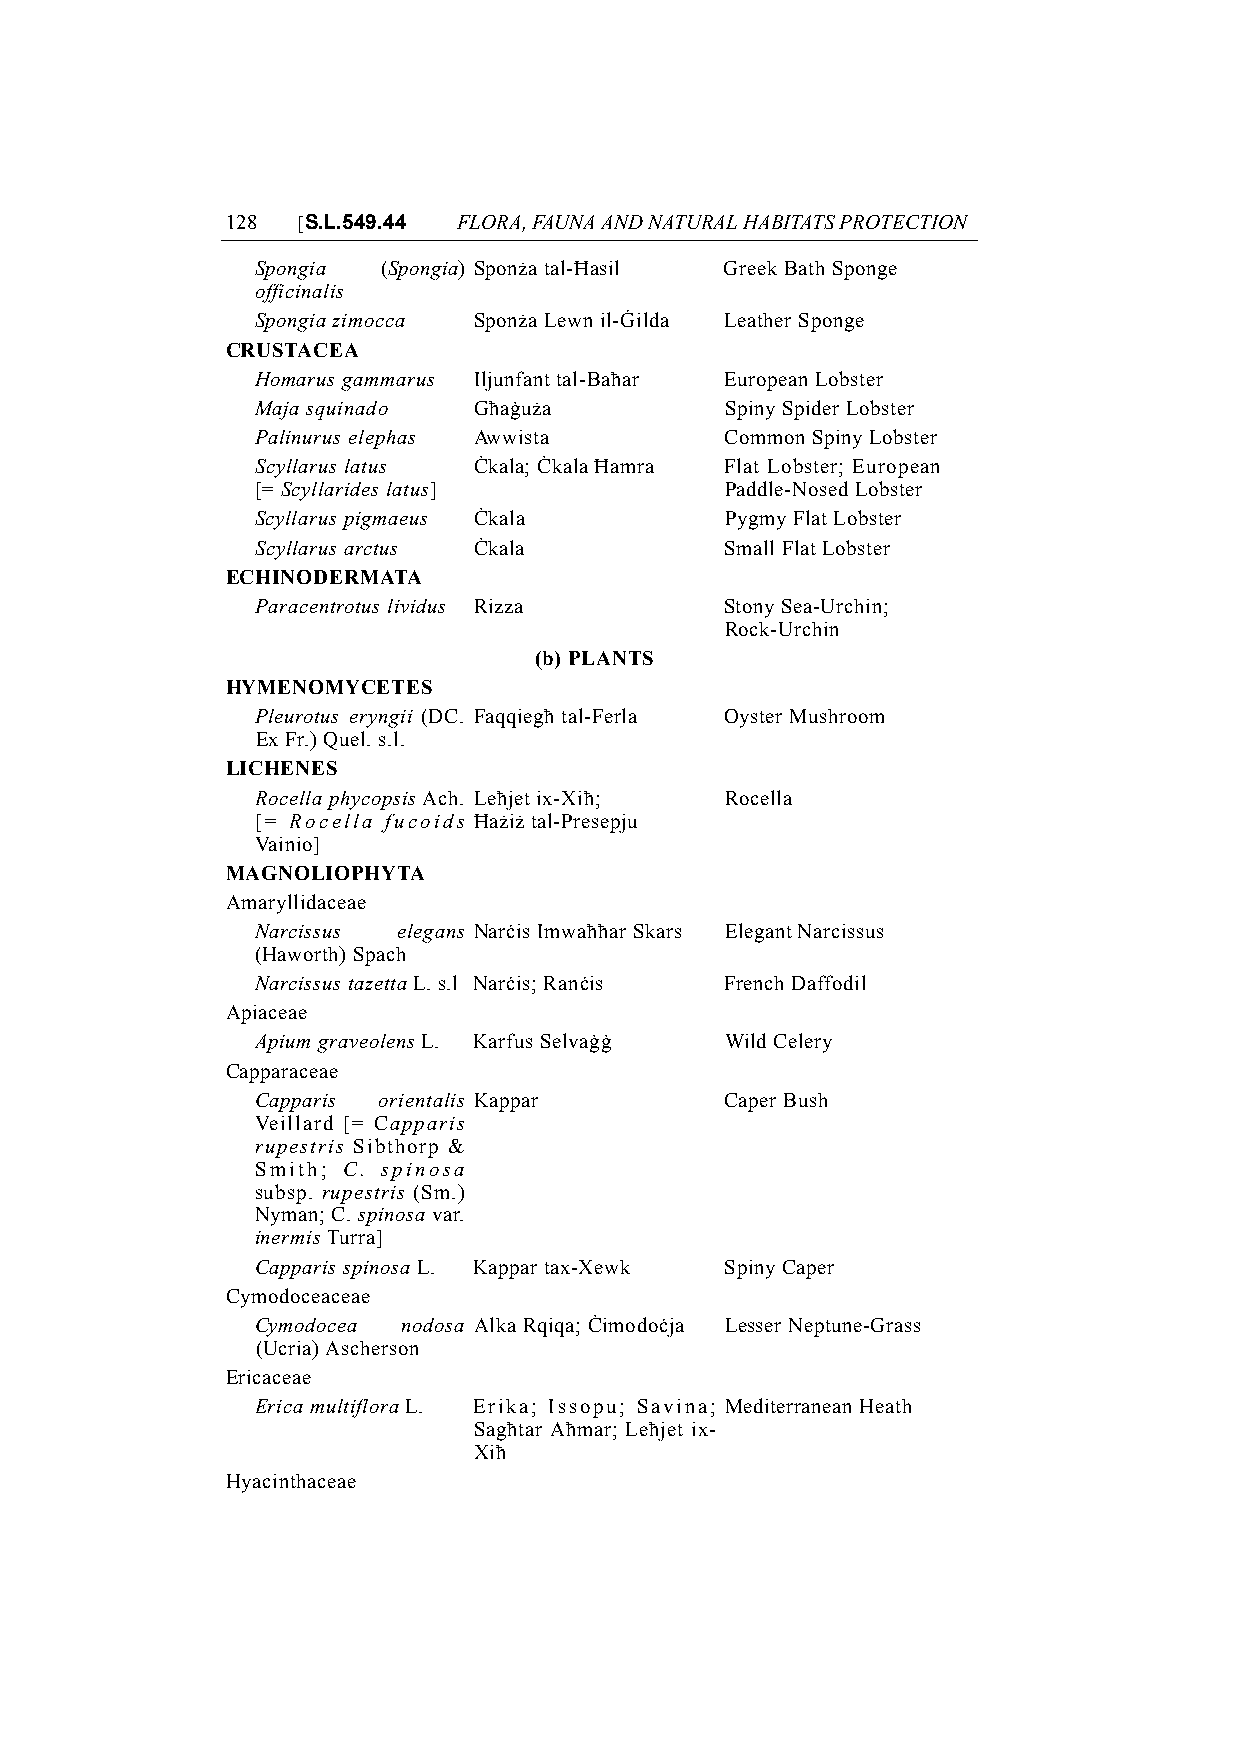
128  [S.L.549.44 FLORA, FAUNA AND NATURAL HABITATS PROTECTION
 Spongia (Spongia) Sponża tal-Ħasil Greek Bath Sponge
 officinalis
 Spongia zimocca Sponża Lewn il-Ġilda Leather Sponge
 CRUSTACEA
 Homarus gammarus Iljunfant tal-Baħar European Lobster
 Maja squinado Għaġuża          Spiny Spider Lobster
 Palinurus elephas Awwista      Common Spiny Lobster
 Scyllarus latus Ċkala; Ċkala Ħamra Flat Lobster; European
 [= Scyllarides latus]          Paddle-Nosed Lobster
 Scyllarus pigmaeus Ċkala       Pygmy Flat Lobster
 Scyllarus arctus Ċkala         Small Flat Lobster
 ECHINODERMATA
 Paracentrotus lividus Rizza    Stony Sea-Urchin;
 Rock-Urchin
 (b) PLANTS
 HYMENOMYCETES
 Pleurotus eryngii (DC. Faqqiegħ tal-Ferla Oyster Mushroom
 Ex Fr.) Quel. s.l.
 LICHENES
 Rocella phycopsis Ach. Leħjet ix-Xiħ; Rocella
 [= Rocella fucoids Ħażiż tal-Presepju
 Vainio]
 MAGNOLIOPHYTA
 Amaryllidaceae
 Narcissus elegans Narċis Imwaħħar Skars Elegant Narcissus
 (Haworth) Spach
 Narcissus tazetta L. s.l Narċis; Ranċis French Daffodil
 Apiaceae
 Apium graveolens L. Karfus Selvaġġ Wild Celery
 Capparaceae
 Capparis orientalis Kappar     Caper Bush
 Veillard [= Capparis
 rupestris Sibthorp &
 Smith; C. spinosa
 subsp. rupestris (Sm.)
 Nyman; C. spinosa var.
 inermis Turra]
 Capparis spinosa L. Kappar tax-Xewk Spiny Caper
 Cymodoceaceae
 Cymodocea nodosa Alka Rqiqa; Ċimodoċja Lesser Neptune-Grass
 (Ucria) Ascherson
 Ericaceae
 Erica multiflora L. Erika; Issopu; Savina; Mediterranean Heath
 Sagħtar Aħmar; Leħjet ix-
 Xiħ
 Hyacinthaceae